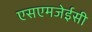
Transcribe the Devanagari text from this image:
एसएमजेईसी